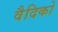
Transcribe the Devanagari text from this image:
वैदिको